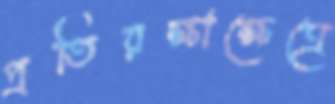
প্রতিরক্ষাক্ষেত্রে